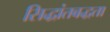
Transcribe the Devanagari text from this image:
सिद्धांतबद्धता